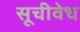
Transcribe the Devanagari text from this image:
सूचीवेध